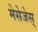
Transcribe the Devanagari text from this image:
मेसेजेस्